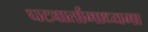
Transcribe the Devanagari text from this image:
घटवार्तामाध्यमा